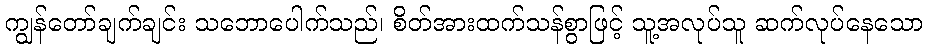
ကျွန်တော်ချက်ချင်း သဘောပေါက်သည်၊ စိတ်အားထက်သန်စွာဖြင့် သူ့အလုပ်သူ ဆက်လုပ်နေသော